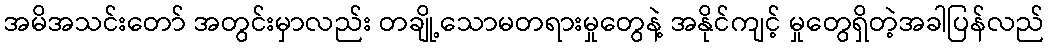
အမိအသင်းတော် အတွင်းမှာလည်း တချို့သောမတရားမှုတွေနဲ့ အနိုင်ကျင့် မှုတွေရှိတဲ့အခါပြန်လည်